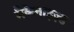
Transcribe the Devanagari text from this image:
मैकेनाइज़्ड